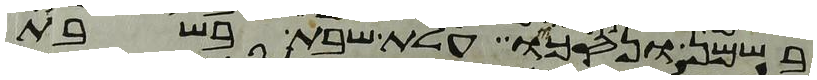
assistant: בשמן ונסכו עלת שבת בשבת